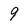
Character: 9